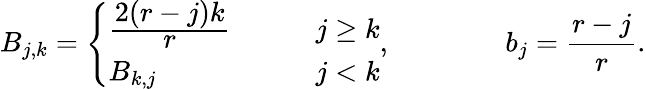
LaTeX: B_{j,k}=\left\{ \begin{array}{ll}{{\frac{\displaystyle 2(r-j)k}{\displaystyle r}\qquad}}&{{j\geq k}}\\ {{B_{k,j}}}&{{j<k}}\end{array}\right.,\qquad\qquad b_{j}=\frac{r-j}{r}.